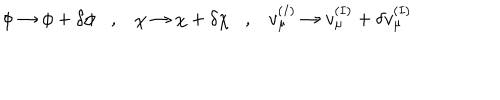
\phi \rightarrow \phi + \delta \phi , \chi \rightarrow \chi + \delta \chi , v _ { \mu } ^ { ( I ) } \rightarrow v _ { \mu } ^ { ( I ) } + \delta v _ { \mu } ^ { ( I ) }